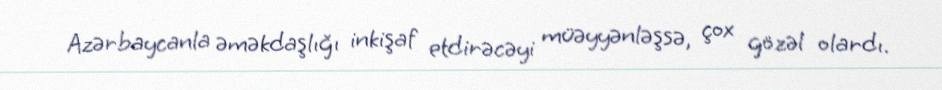
Azərbaycanla əməkdaşlığı inkişaf etdirəcəyi müəyyənləşsə, çox gözəl olardı.